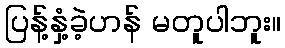
ပြန့်နှံ့ခဲ့ဟန် မတူပါဘူး။